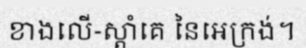
ខាងលើ-ស្តាំគេ នៃអេក្រង់។